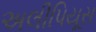
અલીપિયૂસ